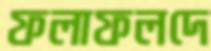
ফলাফলদে